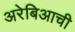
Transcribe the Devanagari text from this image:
अरेबिआची